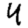
Digit: 4